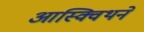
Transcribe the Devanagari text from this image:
आस्क्विथने